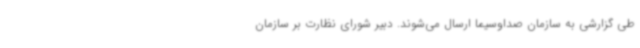
طی گزارشی به سازمان صداوسیما ارسال می‌شوند. دبیر شورای نظارت بر سازمان